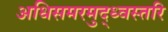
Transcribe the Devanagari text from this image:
अधिसमरमुद्ध्वस्तरि